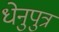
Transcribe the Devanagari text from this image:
धेनुपुत्र